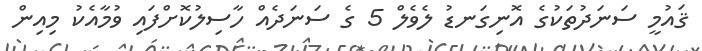
ޤައުމީ ސަނަދުތަކުގެ އޮނިގަނޑު ލެވެލް 5 ގެ ސަނަދެއް ހާސިލުކޮށްފައި ވުމާއެކު މިއިން